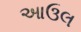
આઉલ